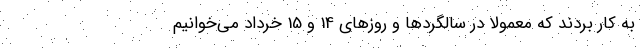
به کار بردند که معمولا در سالگرد‌ها و روزهای 14 و 15 خرداد می‌خوانیم